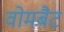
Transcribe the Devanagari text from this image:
वोमबैट